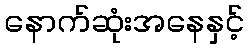
နောက်ဆုံးအနေနှင့်